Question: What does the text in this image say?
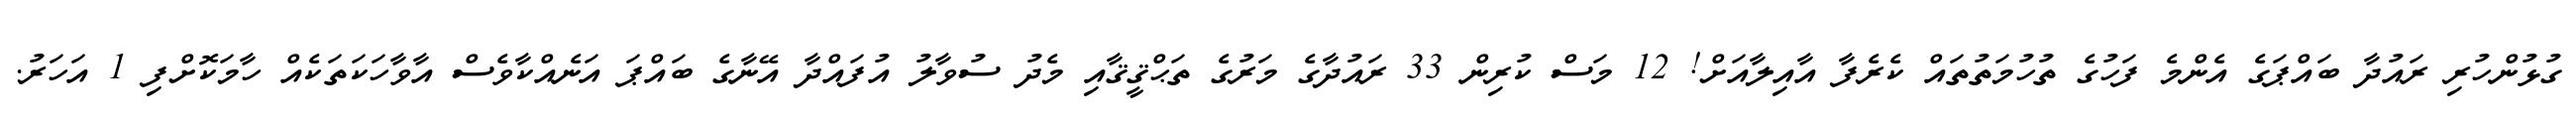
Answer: ގުޅުންހުރި ރައުދާ ބައްޕަގެ އެންމެ ފަހުގެ ތުހުމަތުތައް ކެރެފާ އާއިލާއަށް! 12 މަސް ކުރިން 33 ރައުދާގެ މަރުގެ ތަޙްޤީޤާއި މެދު ސުވާލު އުފައްދާ އޭނާގެ ބައްޕަ އަނެއްކާވެސް އާވާހަކަތަކެއް ހާމަކޮށްފި 1 އަހަރު.